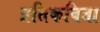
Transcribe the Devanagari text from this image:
प्रतिकविता